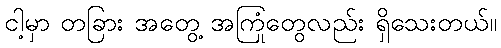
ငါ့မှာ တခြား အတွေ့ အကြုံတွေလည်း ရှိသေးတယ်။